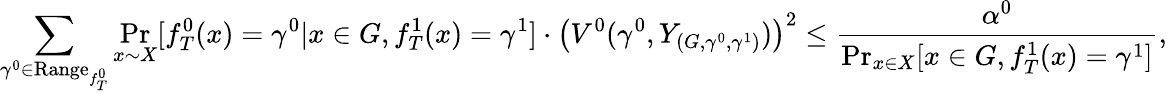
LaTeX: \sum_{\gamma^{0}\in\textrm{Range}_{f_{T}^{0}}}\operatorname*{Pr}_{x\sim X}[f_{T}^{0}(x)=\gamma^{0}|x\in G,f_{T}^{1}(x)=\gamma^{1}]\cdot\left(V^{0}(\gamma^{0},Y_{(G,\gamma^{0},\gamma^{1})})\right)^{2}\leq\frac{\alpha^{0}}{\operatorname*{Pr}_{x\in X}[x\in G,f_{T}^{1}(x)=\gamma^{1}]},